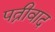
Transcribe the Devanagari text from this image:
पत्नीवाद